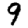
Digit: 9